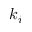
k _ { i }